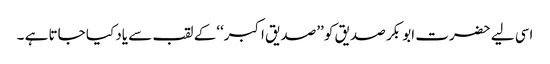
اسی لیے حضرت ابو بکر صدیق کو ’’صدیق اکبر‘‘کے لقب سے یاد کیا جاتا ہے ۔